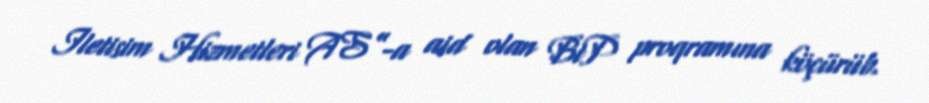
Iletisim Hizmetleri AS”-a aid olan BiP proqramına köçürüb.